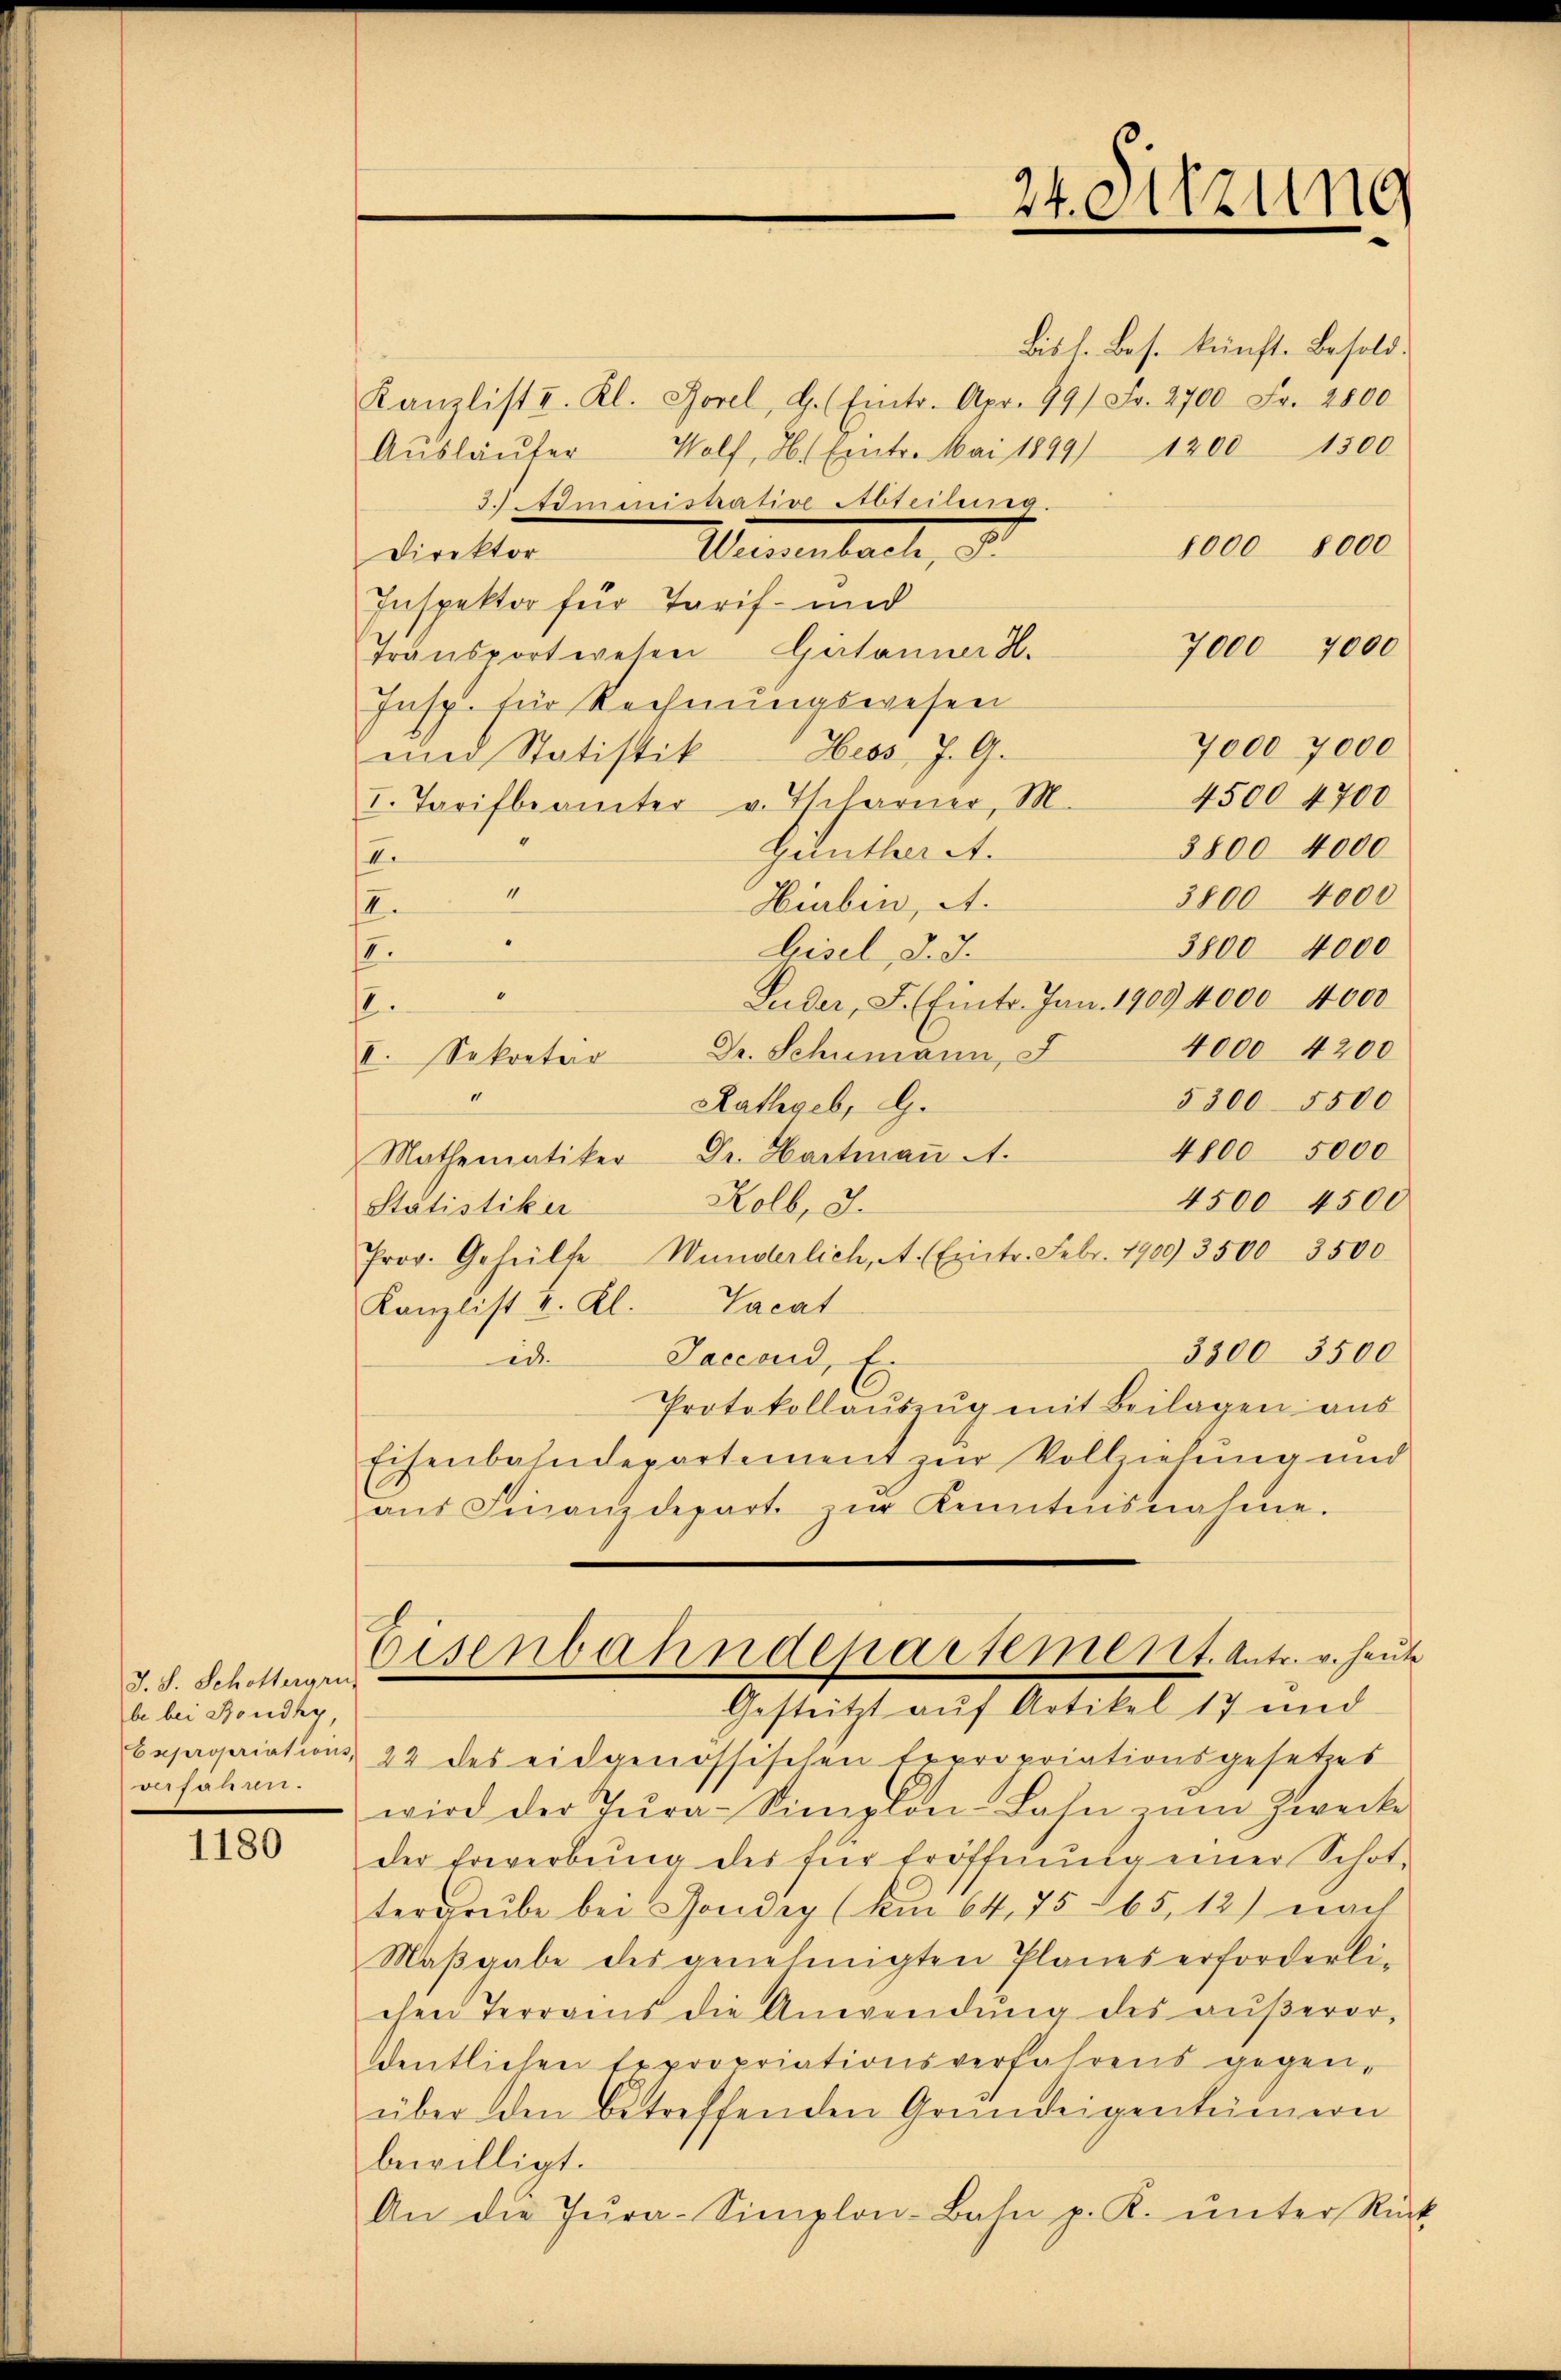
J. S. Schottergen,
be bei Bondky,
D

1180

Kanzlist u. Kl. Borel, G. (Eintr. Apr. 99/ Fr. 2700 Fr. 2800
Aŭsläŭter Wolf, H. Eintr. Mai 1899/ 1200 1500
3. Administrative Abteilung.
8000 8000
Wernenbach, d
Direktor
Inspektor für Tarif- und
7000 7000
Transportwesen Gestanner H.
Insp. für Rechnungswesen
7000 7000
und Statistik Hess, J. G.
4500 4700
I. Tarifbeamter v. Thlarner, M.
3800 4000
Gilutheret.
2
“
3800 4000
Hiubin, A.
II.
3800 4000
bisel, d. d.
17.
Puder, F. (Eintr. Jan. 1909 4000 4000
.
4000 4200
Dr. Schumann,
I. Sekretair
§ 300 5500
Rathgeb, G.
4800 5000
Mathematiker Dr. Hartmaṅ A.
4500 4500
Kolb, J.
Statistiker
Prov. Geheilte Wunderlich, A. Eintr. Febr. 1909 3500 3500
Kanzlist v. Kl. Vacat
3300 3500
Saccoud, E.
id.
Protokollaŭszŭg mit Beilagen aus
Eisenbahndepartement zur Vollziehung und
ans Finanzdepart zŭr Kenntnisnahme.
Eisenbahndepartement. Antr. v. heute
Gestützt auf Artikel 17 und
bepropriations 22 des eidgenössischen Expropriationsgesetzes
wird der Jura-Simplon-Bahn zum Zwecke
der Erwerbung des für Eröffnung einer Schottergrube bei Boudry (Am 64. 75 65, 12) nach
Maßgabe des genehmigten Planes erforderli-
chen Terrains die Anwendŭng des aŭβerer,
dentlichen Expropriationsverfahrens gegenüber den betreffenden Grŭndeigentümern
bewilligt.
An die Tŭra-Simplon-Bahn p. K. ŭnter Rück

24. Sitzung
4

Bisl. Base künfte Besold.